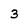
Character: 3